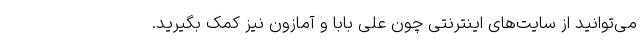
می‌توانید از سایت‌های اینترنتی چون علی بابا و آمازون نیز کمک بگیرید.